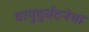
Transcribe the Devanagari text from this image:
वायुदुर्घटनेचा